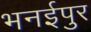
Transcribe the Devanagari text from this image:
भनईपुर